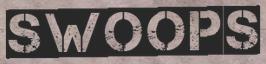
SWOOPS